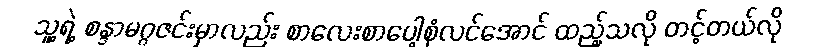
သူ့ရဲ့ စန္ဒာမဂ္ဂဇင်းမှာလည်း စာလေးစာပေါ့စုံလင်အောင် ထည့်သလို တင့်တယ်လို